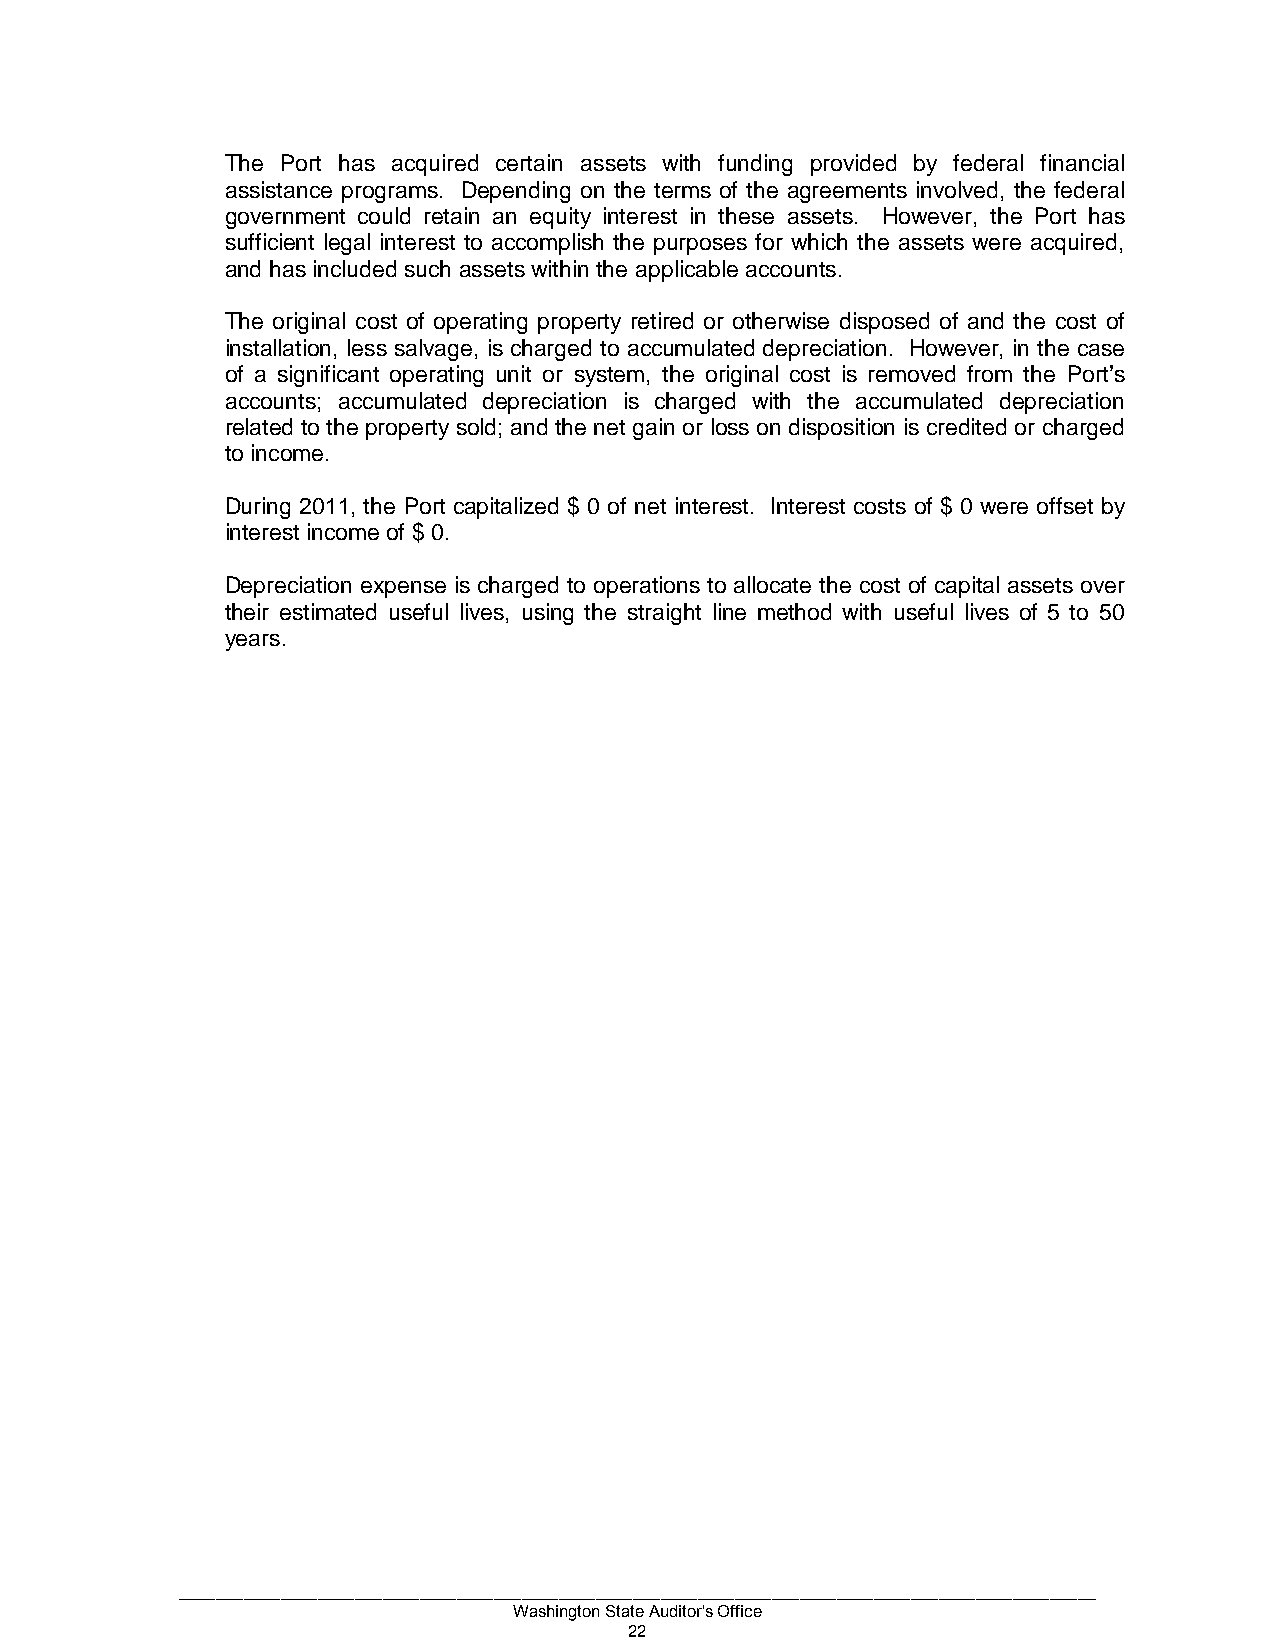
The Port has acquired certain assets with funding provided by federal financial
 assistance programs. Depending on the terms of the agreements involved, the federal
 government could retain an equity interest in these assets. However, the Port has
 sufficient legal interest to accomplish the purposes for which the assets were acquired,
 and has included such assets within the applicable accounts.
 The original cost of operating property retired or otherwise disposed of and the cost of
 installation, less salvage, is charged to accumulated depreciation. However, in the case
 of a significant operating unit or system, the original cost is removed from the Port’s
 accounts; accumulated depreciation is charged with the accumulated depreciation
 related to the property sold; and the net gain or loss on disposition is credited or charged
 to income.
 During 2011, the Port capitalized $ 0 of net interest. Interest costs of $ 0 were offset by
 interest income of $ 0.
 Depreciation expense is charged to operations to allocate the cost of capital assets over
 their estimated useful lives, using the straight line method with useful lives of 5 to 50
 years.
 ___________________________________________________________________________________________________
 Washington State Auditor's Office
 22